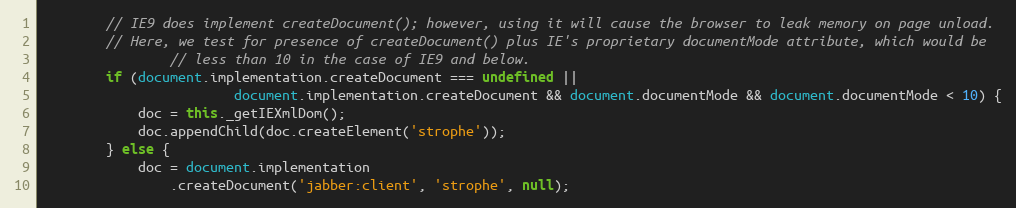
Language: JavaScript
        // IE9 does implement createDocument(); however, using it will cause the browser to leak memory on page unload.
        // Here, we test for presence of createDocument() plus IE's proprietary documentMode attribute, which would be
                // less than 10 in the case of IE9 and below.
        if (document.implementation.createDocument === undefined ||
                        document.implementation.createDocument && document.documentMode && document.documentMode < 10) {
            doc = this._getIEXmlDom();
            doc.appendChild(doc.createElement('strophe'));
        } else {
            doc = document.implementation
                .createDocument('jabber:client', 'strophe', null);